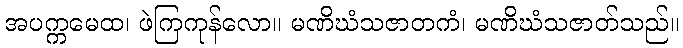
အပက္ကမေထ၊ ဖဲကြကုန်လော။ မဏိဃံသဇာတကံ၊ မဏိဃံသဇာတ်သည်။